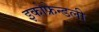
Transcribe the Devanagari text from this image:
इकोफ्रेन्डली